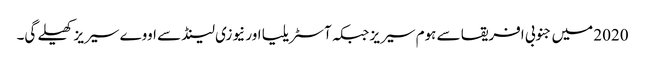
2020 میں جنوبی افریقا سے ہوم سیریز جبکہ آسٹریلیا اور نیوزی لینڈ سے اووے سیریز کھیلے گی۔